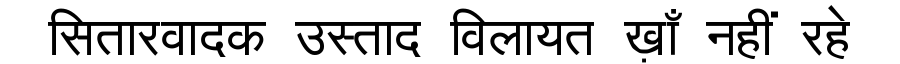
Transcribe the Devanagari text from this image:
सितारवादक उस्ताद विलायत ख़ाँ नहीं रहे